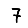
Digit: 7